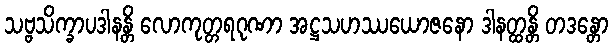
သဗ္ဗသိက္ခာပဒါနန္တိ လောကုတ္တရဂုဏာ အဋ္ဌသဟဿယောဇနော ဒါနတ္ထန္တိ တဒန္တော